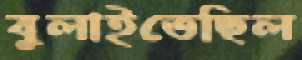
বুলাইতেছিল